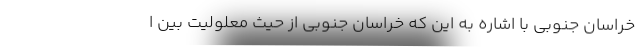
خراسان جنوبی با اشاره به این که خراسان جنوبی از حیث معلولیت بین ا